Annual report of the Punjab Veterinary College and of the Civil Veterinary Department, Punjab - 1920-1925
Year: 1920
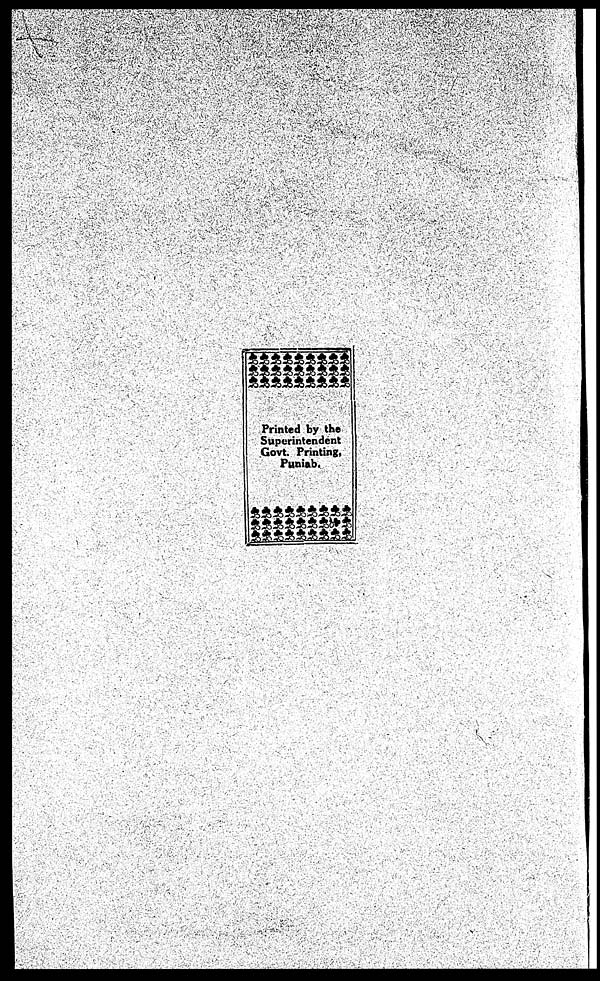
Printed by the
Superintendent
Govt. Printing,
Punjab.